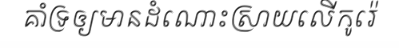
គាំទ្រឲ្យមានដំណោះស្រាយលើកូរ៉េ